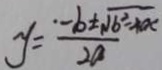
y = \frac { - b \pm \sqrt { b ^ { 2 } - x } } { 2 a }